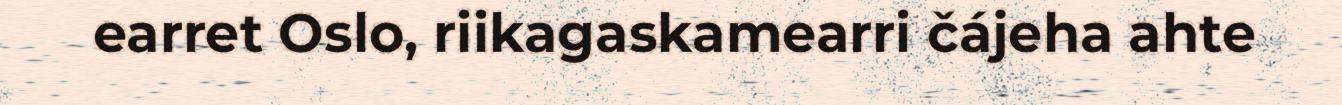
earret Oslo, riikagaskamearri čájeha ahte